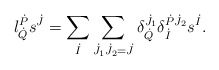
\begin{align*}l^{\dot{P}}_{\dot{Q}} s^{\dot{J}} = \sum_{\dot{I}} \sum_{\dot{J}_1 \dot{J}_2 = \dot{J}} \delta^{\dot{J}_1}_{\dot{Q}} \delta^{\dot{P} \dot{J}_2}_{\dot{I}} s^{\dot{I}}.\end{align*}